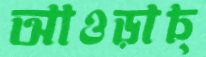
আওড়াচ্